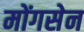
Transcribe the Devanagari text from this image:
मोंगसेन